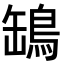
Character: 𦉓